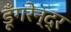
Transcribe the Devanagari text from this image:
डूँगरेन्द्र